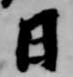
日